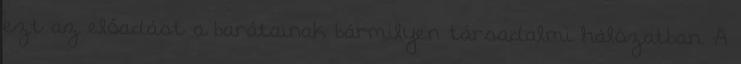
ezt az előadást a barátainak bármilyen társadalmi hálózatban. A